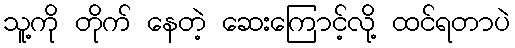
သူ့ကို တိုက် နေတဲ့ ဆေးကြောင့်လို့ ထင်ရတာပဲ